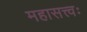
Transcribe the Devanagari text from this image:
महासत्त्वः